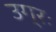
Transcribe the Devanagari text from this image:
उग्रः